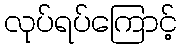
လုပ်ရပ်ကြောင့်